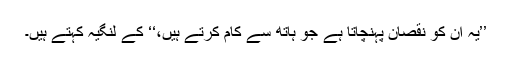
’’یہ ان کو نقصان پہنچاتا ہے جو ہاتھ سے کام کرتے ہیں،‘‘ کے لِنگیّہ کہتے ہیں۔